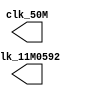
module clock (
    output clk_50M,
    output clk_11M0592
);

reg clk_50M = 0, clk_11M0592 = 0;

always #(90422/2) clk_11M0592 = ~clk_11M0592;
always #(20000/2) clk_50M = ~clk_50M;

endmodule